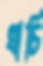
খাচি